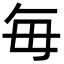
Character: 毎